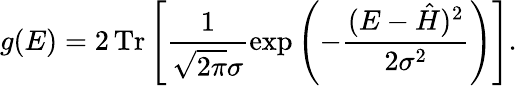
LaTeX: g(E)=2\operatorname{Tr}\left[\frac{1}{\sqrt{2\pi}\sigma}\exp\left(-\frac{(E-\hat{H})^{2}}{2\sigma^{2}}\right)\right].